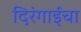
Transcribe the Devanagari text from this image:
दिरंगाईचा